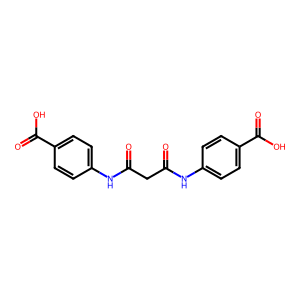
SMILES: O=C(CC(=O)Nc1ccc(C(=O)O)cc1)Nc1ccc(C(=O)O)cc1
Inhibits HIV replication: No